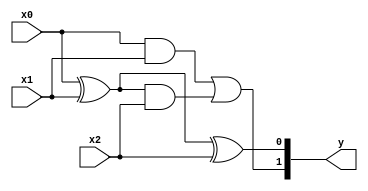
`timescale 1ns / 1ps
module full_adder_by_elements(
	input wire x2,x1,x0,
	output wire [1:0] y
);
	assign y[1] = (x0 & x1) | ((x0^x1)&x2);
	assign y[0] = (x0^x1)^x2;
endmodule